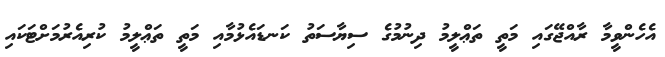
އެހެންވީމާ ރާއްޖޭގައި މަތީ ތަޢްލީމު ދިނުމުގެ ސިޔާސަތު ކަނޑައެޅުމާއި މަތީ ތަޢްލީމު ކުރިއެރުމަށްޓަކައި